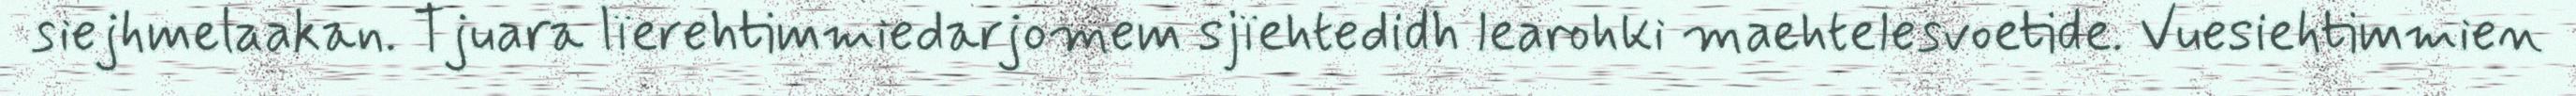
siejhmelaakan. Tjuara lïerehtimmiedarjomem sjïehtedidh learohki maehtelesvoetide. Vuesiehtimmien